Report on vaccination proceedings throughout the Government of Bengal -
Year: 1868
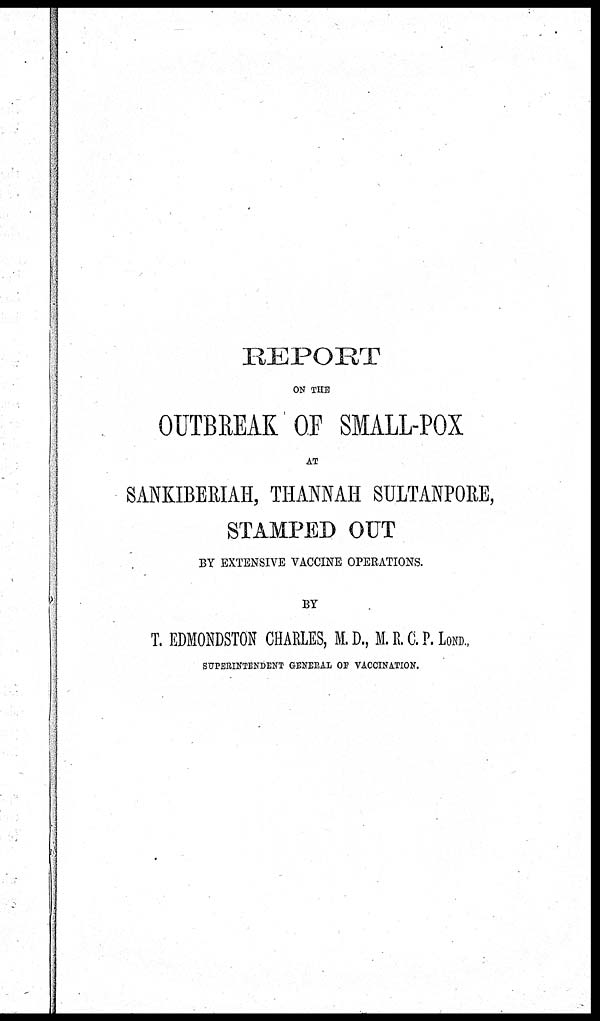
REPORT
ON THE
OUTBREAK OF SMALL-POX
AT
SANKIBERIAH, THANNAH SULTANPORE,
STAMPED OUT
BY EXTENSIVE VACCINE OPERATIONS.
BY
T. EDMONDSTON CHARLES, M.D., M. R. C. P. LOND.,
SUPERINTENDENT GENERAL OF VACCINATION.